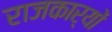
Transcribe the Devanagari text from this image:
राजकार्यों